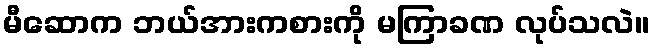
မီဆောက ဘယ်အားကစားကို မကြာခဏ လုပ်သလဲ။